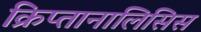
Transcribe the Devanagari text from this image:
क्रिप्तानालिसिस